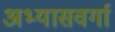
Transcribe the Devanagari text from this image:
अभ्यासवर्गा